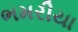
ભમરીયા